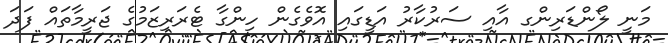
މަނީ ލޯންޑަރިންގ އާއި ސަރުކާރު އަޑީގައި އޮވެގެން ހިންގާ ޓެރަރިޒަމުގެ ޖަރީމާތައް ފަދަ